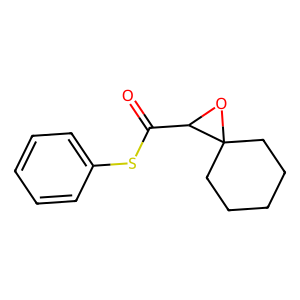
SMILES: O=C(Sc1ccccc1)C1OC12CCCCC2
Inhibits HIV replication: No